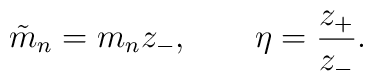
\tilde m_n= m_n z_-, \quad \quad \eta= {z_+\over z_-}.